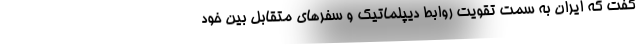
گفت که ایران به سمت تقویت روابط دیپلماتیک و سفرهای متقابل بین خود